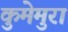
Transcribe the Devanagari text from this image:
कुमेमुरा